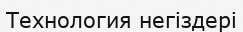
Технология негіздері